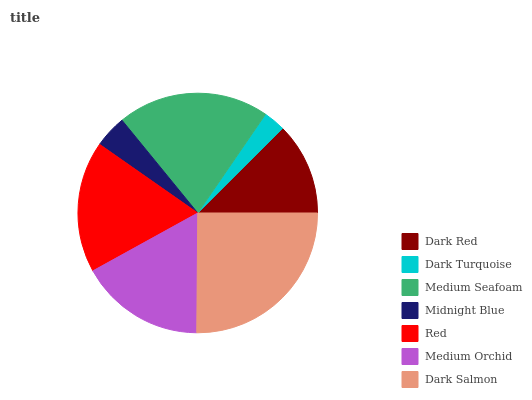
| Dark Red | Dark Turquoise | Medium Seafoam | Midnight Blue | Red | Medium Orchid | Dark Salmon |
 | --- | --- | --- | --- | --- | --- | --- |
 | 12.5% | 2.94% | 20.5% | 4.39% | 17.7% | 16.9% | 25.1% |